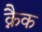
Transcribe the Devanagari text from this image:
क्नैक